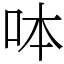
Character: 呠